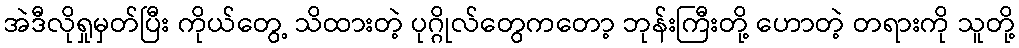
အဲဒီလိုရှုမှတ်ပြီး ကိုယ်တွေ့ သိထားတဲ့ ပုဂ္ဂိုလ်တွေကတော့ ဘုန်းကြီးတို့ ဟောတဲ့ တရားကို သူတို့